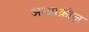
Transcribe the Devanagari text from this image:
अन्थ्राक्नोज़